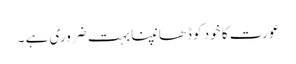
عورت کا خود کو ڈھانپنا بہت ضروری ہے ۔